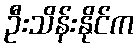
ဦးသိန်းနိုင်က